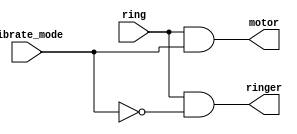
// https://hdlbits.01xz.net/wiki/Ringer

module top_module (
    input ring,
    input vibrate_mode,
    output ringer,       // Make sound
    output motor         // Vibrate
);

    assign ringer = ring & ~vibrate_mode;
    assign motor = ring & vibrate_mode;
endmodule